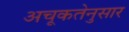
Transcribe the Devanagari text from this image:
अचूकतेनुसार